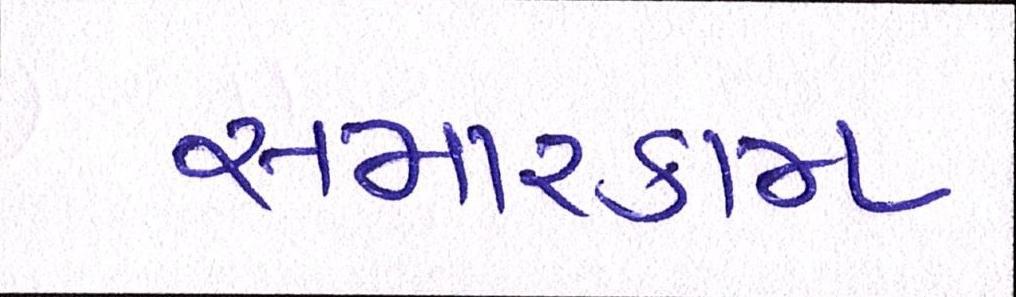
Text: સમારકામ